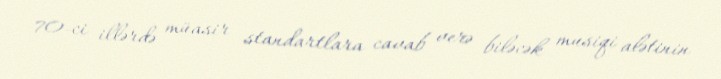
70-ci illərdə müasir standartlara cavab verə biləcək musiqi alətinin